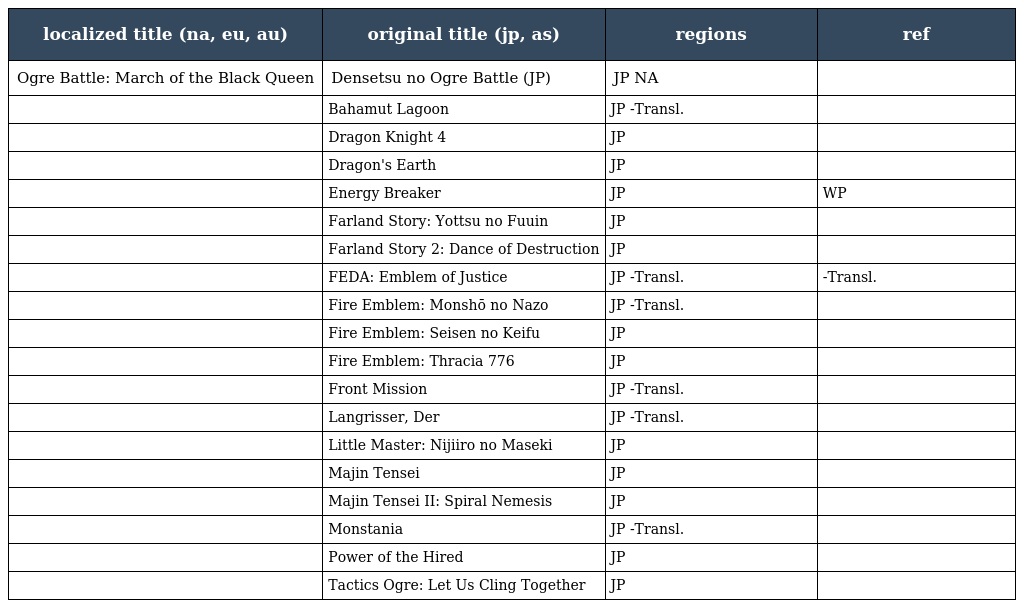
| localized title (na, eu, au) | original title (jp, as) | regions | ref |
 | --- | --- | --- | --- |
 | Ogre Battle: March of the Black Queen | Densetsu no Ogre Battle (JP) | JP NA |  |
 |  | Bahamut Lagoon | JP -Transl. |  |
 |  | Dragon Knight 4 | JP |  |
 |  | Dragon's Earth | JP |  |
 |  | Energy Breaker | JP | WP |
 |  | Farland Story: Yottsu no Fuuin | JP |  |
 |  | Farland Story 2: Dance of Destruction | JP |  |
 |  | FEDA: Emblem of Justice | JP -Transl. | -Transl. |
 |  | Fire Emblem: Monshō no Nazo | JP -Transl. |  |
 |  | Fire Emblem: Seisen no Keifu | JP |  |
 |  | Fire Emblem: Thracia 776 | JP |  |
 |  | Front Mission | JP -Transl. |  |
 |  | Langrisser, Der | JP -Transl. |  |
 |  | Little Master: Nijiiro no Maseki | JP |  |
 |  | Majin Tensei | JP |  |
 |  | Majin Tensei II: Spiral Nemesis | JP |  |
 |  | Monstania | JP -Transl. |  |
 |  | Power of the Hired | JP |  |
 |  | Tactics Ogre: Let Us Cling Together | JP |  |